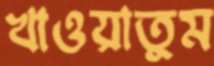
খাওয়াতুম